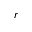
r